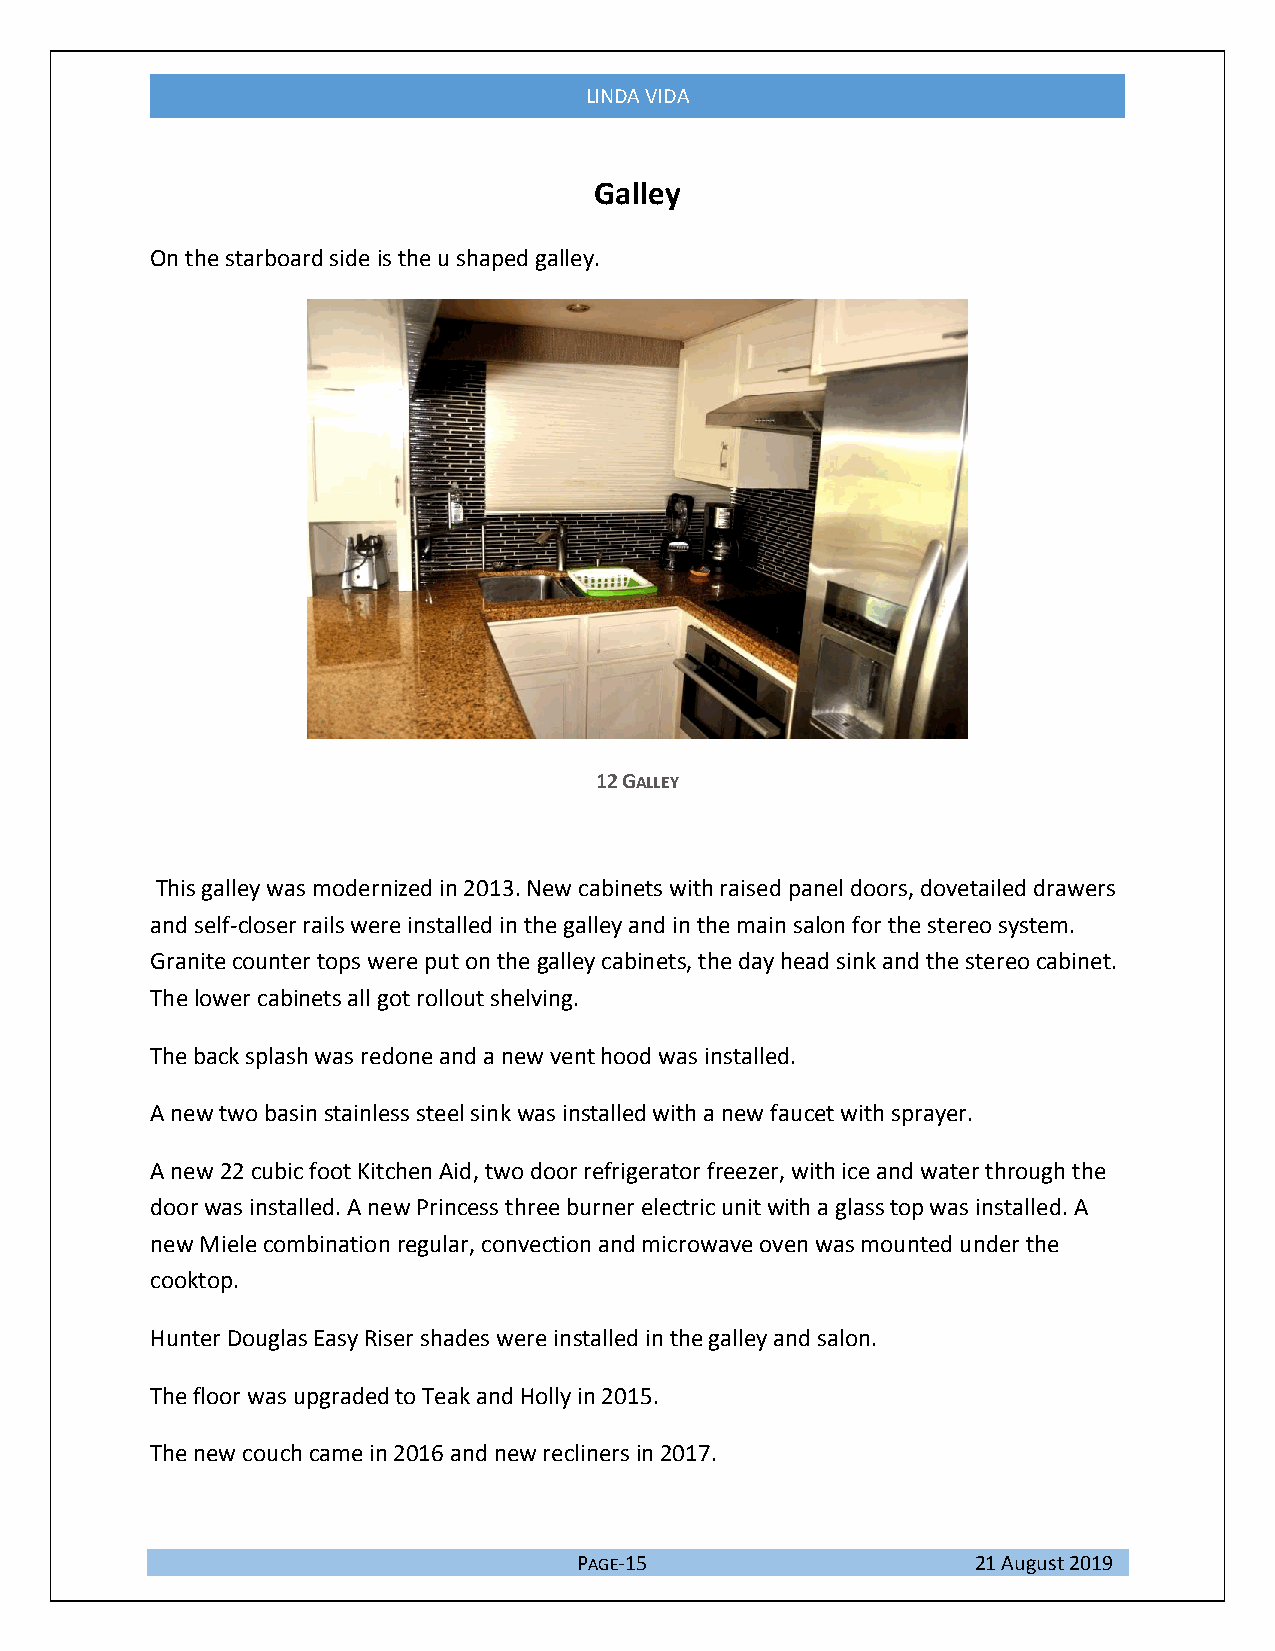
LINDA VIDA
 Galley
 On the starboard side is the u shaped galley.
 12 GALLEY
 This galley was modernized in 2013. New cabinets with raised panel doors, dovetailed drawers
 and self-closer rails were installed in the galley and in the main salon for the stereo system.
 Granite counter tops were put on the galley cabinets, the day head sink and the stereo cabinet.
 The lower cabinets all got rollout shelving.
 The back splash was redone and a new vent hood was installed.
 A new two basin stainless steel sink was installed with a new faucet with sprayer.
 A new 22 cubic foot Kitchen Aid, two door refrigerator freezer, with ice and water through the
 door was installed. A new Princess three burner electric unit with a glass top was installed. A
 new Miele combination regular, convection and microwave oven was mounted under the
 cooktop.
 Hunter Douglas Easy Riser shades were installed in the galley and salon.
 The floor was upgraded to Teak and Holly in 2015.
 The new couch came in 2016 and new recliners in 2017.
 PAGE-15                    21 August 2019